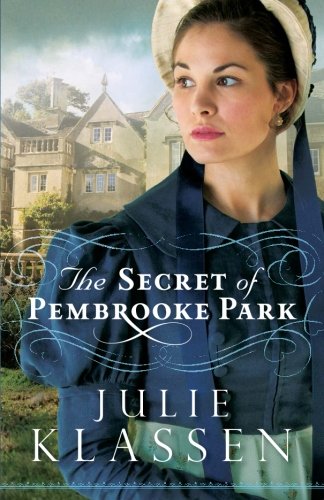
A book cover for The Secret of Pembrooke Park; Julie Klassen; Romance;